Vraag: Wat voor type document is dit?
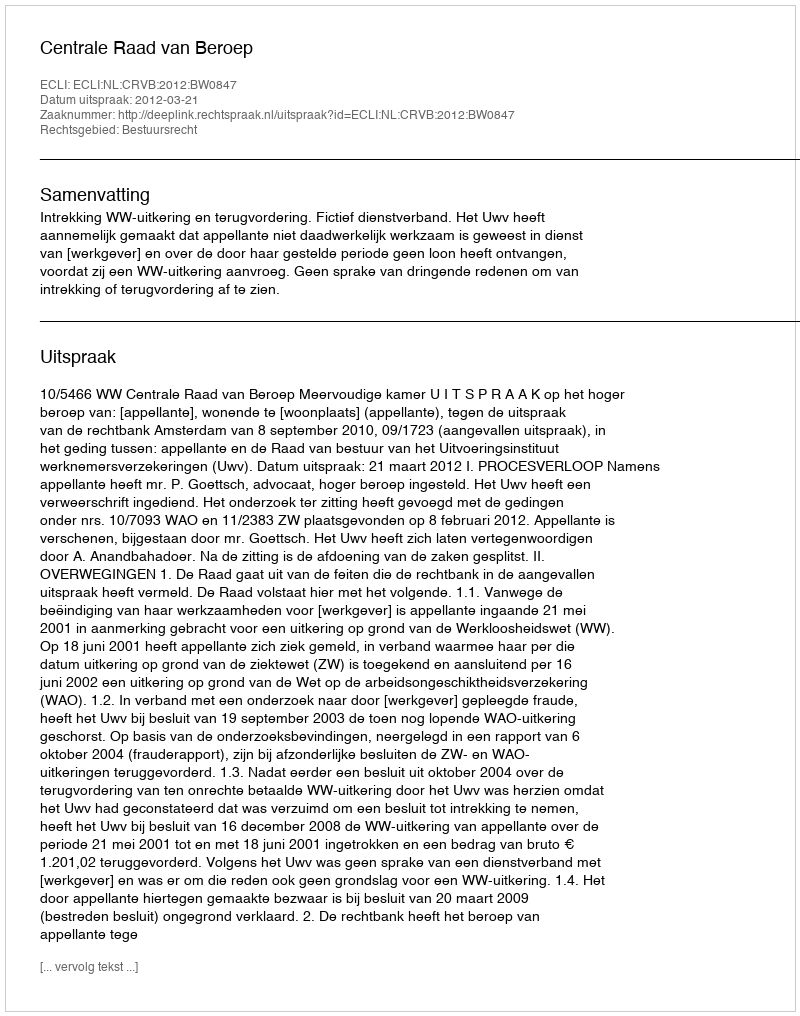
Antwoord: Uitspraak